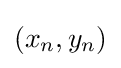
\left(x_{n},y_{n}\right)